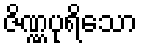
ဇိဏ္ဏပုရိသော